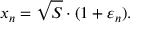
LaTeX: x _ { n } = { \sqrt { S } } \cdot ( 1 + \varepsilon _ { n } ) .